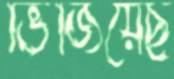
ভিজিয়েছ